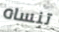
تنساه